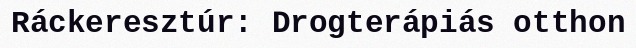
Ráckeresztúr: Drogterápiás otthon